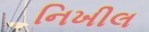
નિખીલ